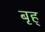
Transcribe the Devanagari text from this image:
बृह्